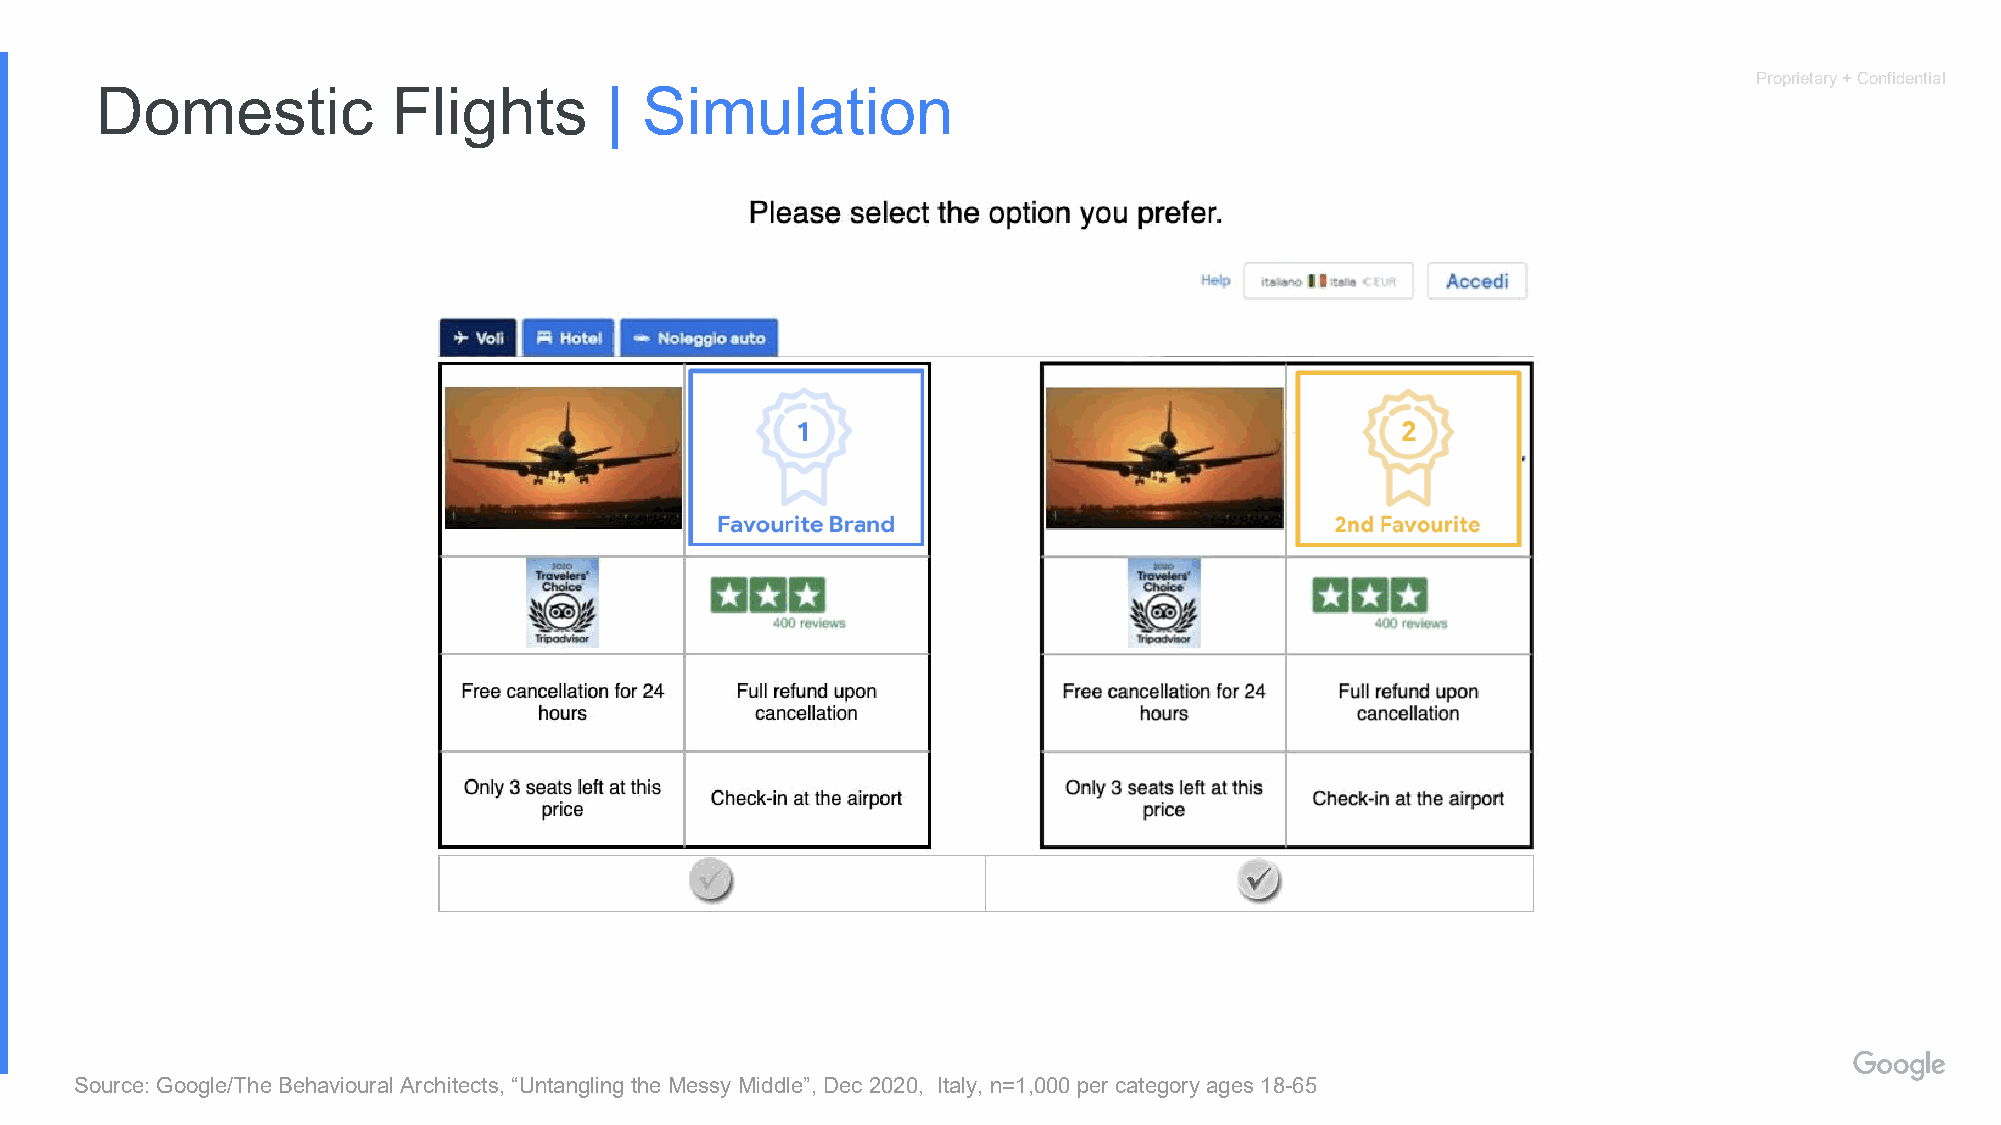
Proprietary + Confidential
 Domestic            Flights       | Simulation
 Source: Google/The Behavioural Architects, “Untangling the Messy Middle”, Dec 2020, Italy, n=1,000 per category ages 18-65